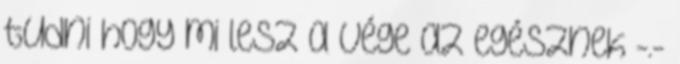
tudni hogy mi lesz a vége az egésznek -.-